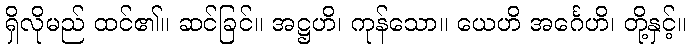
ရှိလိုမည် ထင်၏။ ဆင်ခြင်။ အဋ္ဌဟိ၊ ကုန်သော။ ယေဟိ အင်္ဂေဟိ၊ တို့နှင့်။